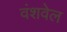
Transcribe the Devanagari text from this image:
वंशवेल